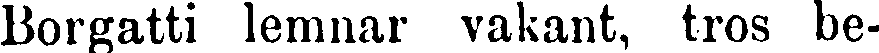
Borgatti lemnar vakant, tros be-